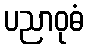
ပညာဝုဓံ